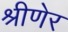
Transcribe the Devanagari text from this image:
श्रीणेर